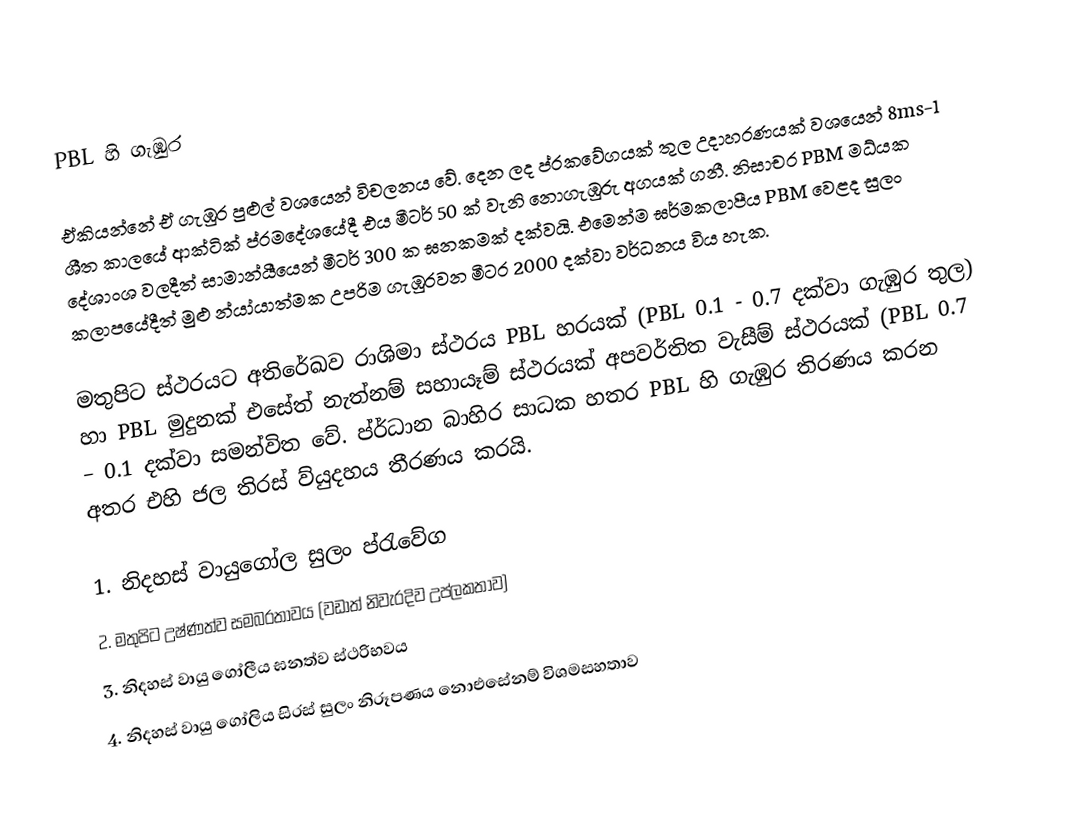
PBL හි ගැඹුර

ඒකියන්නේ ඒ ගැඹුර පුළුල් වශයෙන් විචලනය වේ. දෙන ලද ප්රකවේගයක් තුල උදාහරණයක් වශයෙන් 8ms-1 ශීත කාලයේ ආක්ටික් ප්රමදේශයේදී එය මීටර් 50 ක් වැනි නොගැඹුරු අගයක් ගනී. නිසාචර PBM මධ්යක දේශාංශ වලදීත් සාමාන්යීයෙන් මීටර් 300 ක ඝනකමක් දක්වයි. ‍එමෙන්ම ඝර්මකලාපීය PBM වෙළද සුලං කලාපයේදීත් මුළු න්යා්යාත්මක  උපරිම ගැඹුරවන මීටර 2000 දක්වා වර්ධනය විය හැක.

මතුපිට ස්ථරයට අතිරේඛව ර‍ාශිමා ස්ථරය PBL හරයක් (PBL 0.1 - 0.7 දක්වා ගැඹුර තුල) හා PBL මුදුනක්  එසේත් නැත්නම් සහායෑම් ස්ථරයක් අපවර්තිත වැසීම් ස්ථරයක් (PBL 0.7 – 0.1 දක්වා සමන්විත ‍වේ. ප්ර්ධාන බාහිර සාධක හතර PBL හි ගැඹුර තිරණය කරන අතර එහි ජල තිරස් ව්යුදහය තීරණය කරයි.

1.	නිදහස් වායුගෝල සුලං ප්රැවේග
2.	මතුපිට උෂ්ණත්ව සමබරතාවය (වඩාත් නිවැරදිව උප්ලකතාව)
3.	නිදහස් වායු ගෝලීය ඝනත්ව ස්ථරිභවය
4.	නිදහස් වායු ගෝලිය සිරස් සුලං නිරූපණය නොඑසේනම් විශමසහතාව